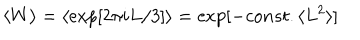
\langle W \rangle = \langle \exp [ 2 \pi i L / 3 ] \rangle = \exp [ - c o n s t . \langle L ^ { 2 } \rangle ]